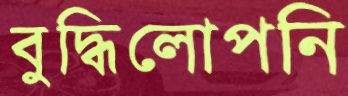
বুদ্ধিলোপনি